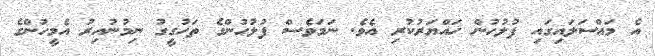
އެ މައްސަލައިގައި ފުލުހުން ހައްޔަރުކުރި އެވެ. ނަމަވެސް ފުލުހުންގެ ތަހުގީގު ނިމުނުއިރު އެމީހުންގެ